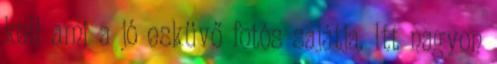
kell ami a jó esküvő fotós sajátja. Itt nagyon